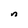
Character: n